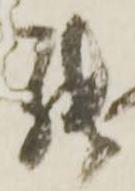
罷